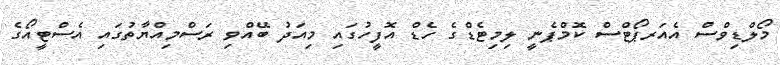
މޯލްޑިވްސް އެއަރޕޯޓްސް ކޮމްޕެނީ ލިމިޓެޑްގެ ހެޑް އޮފީހުގައި މިއަދު ބޭއްވި ރަސްމިއްޔާތުގައި އެސްޓީއޯގެ